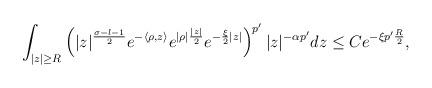
LaTeX: \begin{align*} \int_{|z|\geq R}\left(|z|^{\frac{\sigma-l-1}{2}} e^{-\langle \rho, z\rangle} e^{|\rho|\frac{|z|}{2}} e^{-\frac{\xi}{2}|z|}\right)^{p'}|z|^{-\alpha p'}dz \leq Ce^{-\xi p'\frac{R}{2}}, \end{align*}